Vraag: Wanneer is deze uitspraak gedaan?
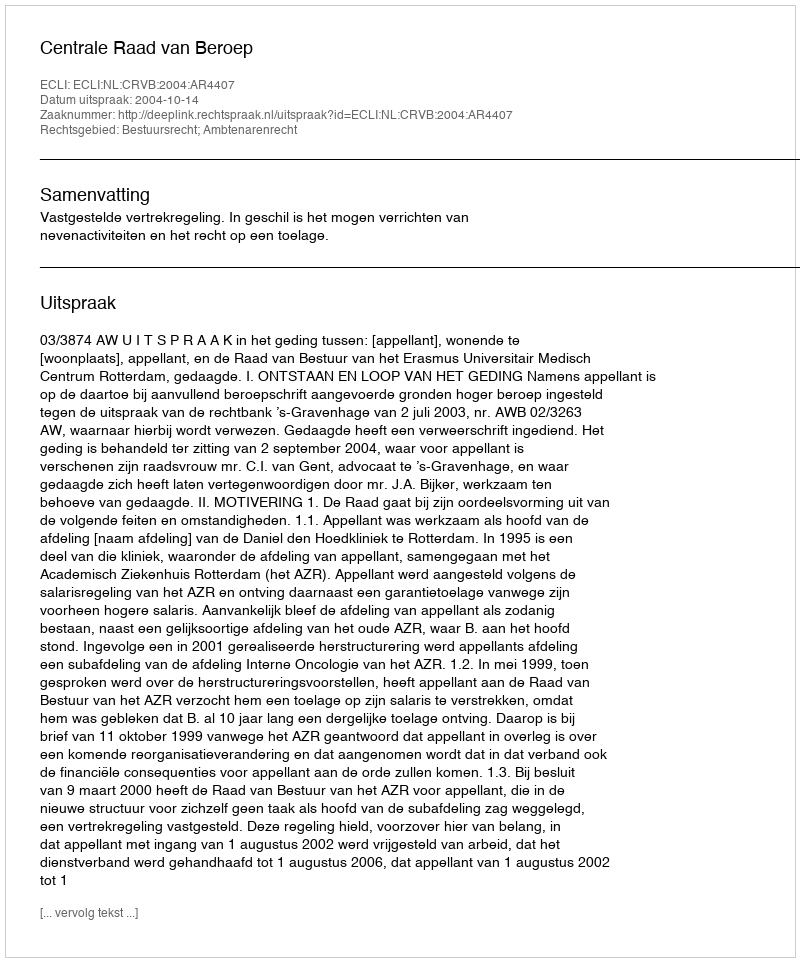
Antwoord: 2004-10-14